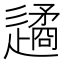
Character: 𨗝